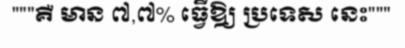
"""គឺ មាន ៧,៧% ធ្វើឱ្យ ប្រទេស នេះ"""